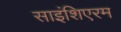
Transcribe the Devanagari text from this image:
साइंशिएरम